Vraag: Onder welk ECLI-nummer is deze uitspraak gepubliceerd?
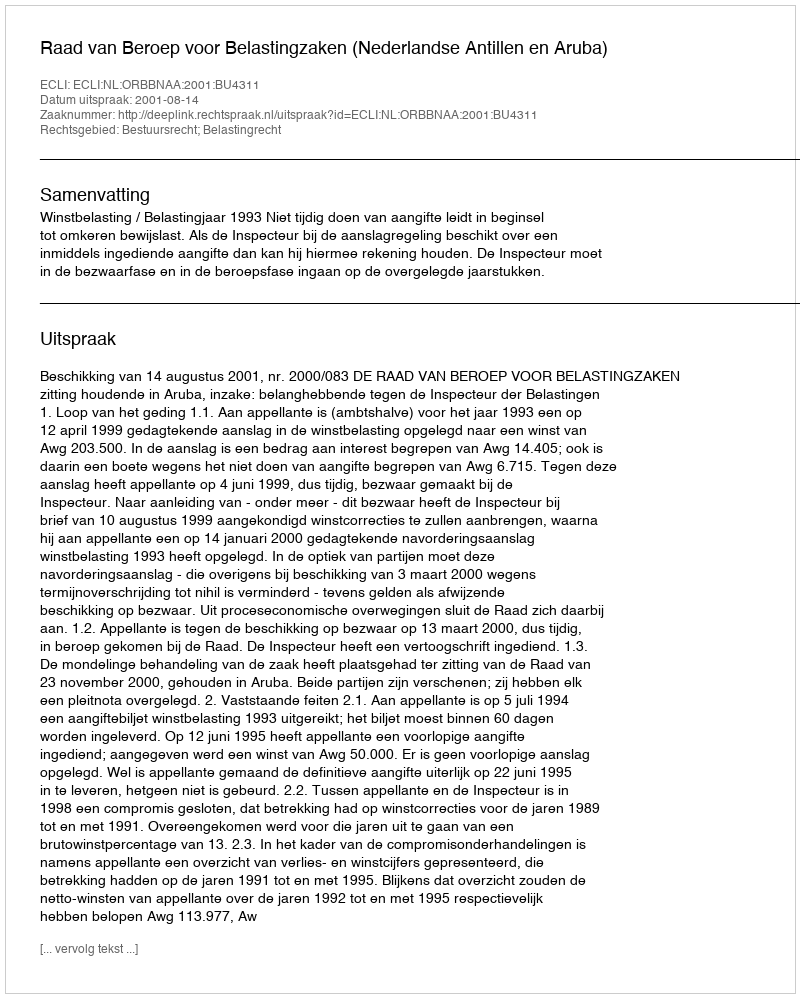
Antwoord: ECLI:NL:ORBBNAA:2001:BU4311